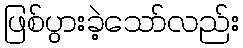
ဖြစ်ပွားခဲ့သော်လည်း